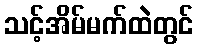
သင့်အိမ်မက်ထဲတွင်